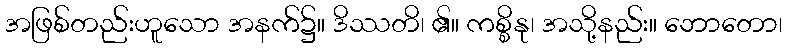
အဖြစ်တည်းဟူသော အနက်၌။ ဒိဿတိ၊ ၏။ ကစ္စိနု၊ အသို့နည်း။ ဘောတော၊